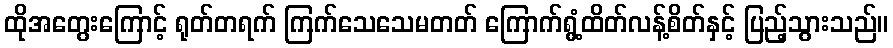
ထိုအတွေးကြောင့် ရုတ်တရက် ကြက်သေသေမတတ် ကြောက်ရွံ့ထိတ်လန့်စိတ်နှင့် ပြည့်သွားသည်။